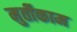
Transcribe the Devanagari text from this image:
मुर्तीकाम